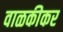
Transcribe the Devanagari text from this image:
वाळकीकर